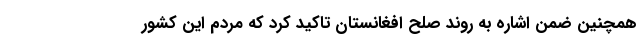
همچنین ضمن اشاره به روند صلح افغانستان تاکید کرد که مردم این کشور